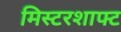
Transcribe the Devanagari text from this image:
मिस्टरशाफ्ट